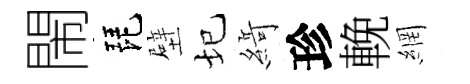
閙琵壁圮𦂶珍輓網